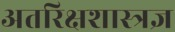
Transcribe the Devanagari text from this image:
अतरिक्षशास्त्रज्ञ